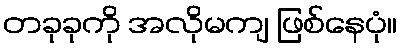
တခုခုကို အလိုမကျ ဖြစ်နေပုံ။